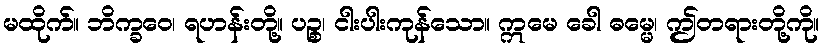
မထိုက်။ ဘိက္ခဝေ၊ ရဟန်းတို့။ ပဉ္စ၊ ငါးပါးကုန်သော။ ဣမေ ခေါ ဓမ္မေ၊ ဤတရားတို့ကို။